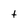
Character: t